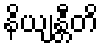
နိယျန္တီတိ